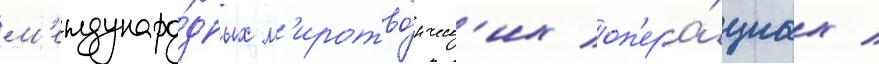
м'еждунаро́дных м'иротво́рческ'их оп'ера́циах /